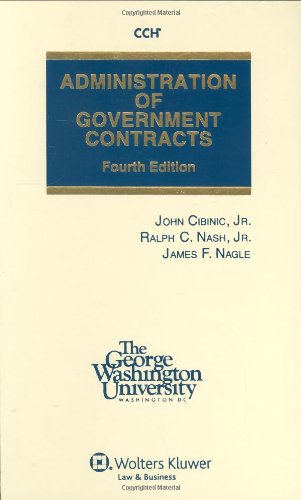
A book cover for Administration of Government Contracts 4e; Jr., John Cibinic; Law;